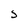
Character: s